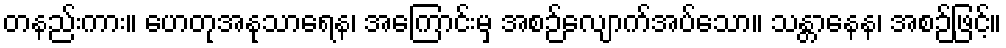
တနည်းကား။ ဟေတုအနုသာရေန၊ အကြောင်းမှ အစဉ်လျောက်အပ်သော။ သန္တာနေန၊ အစဉ်ဖြင့်။